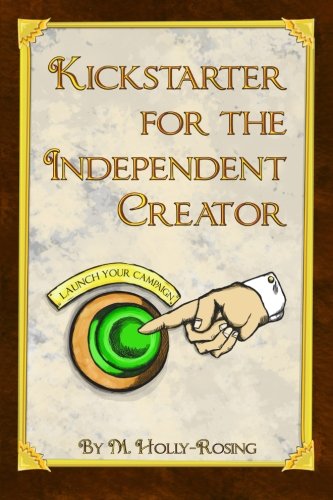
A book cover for Kickstarter for the Independent Creator: A Practical and Informative Guide To Crowdfunding; Madeleine Holly-Rosing; Business & Money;